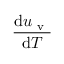
\frac { \mathrm { d } u _ { \mathrm { ~ v ~ } } } { \mathrm { d } T }